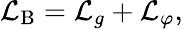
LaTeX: {\cal L}_{\mathrm{B}}={\cal L}_{g}+{\cal L}_{\varphi},